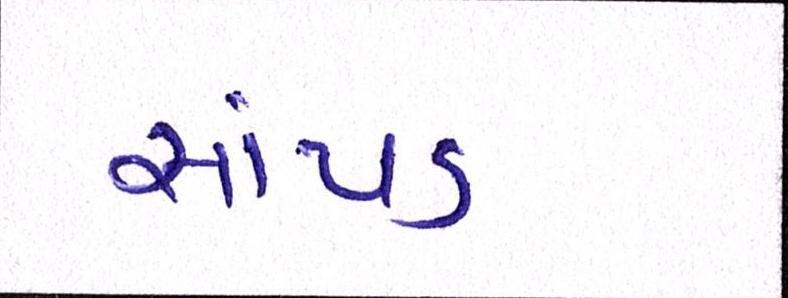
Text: સાંપડ